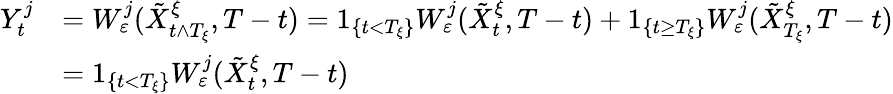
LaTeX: \begin{array}{rl}{Y_{t}^{j}}&{=W_{\varepsilon}^{j}(\tilde{X}_{t\wedge T_{\xi}}^{\xi},T-t)=1_{\{ t<T_{\xi}\} }W_{\varepsilon}^{j}(\tilde{X}_{t}^{\xi},T-t)+1_{\{ t\geq T_{\xi}\} }W_{\varepsilon}^{j}(\tilde{X}_{T_{\xi}}^{\xi},T-t)}\\ &{=1_{\{ t<T_{\xi}\} }W_{\varepsilon}^{j}(\tilde{X}_{t}^{\xi},T-t)}\end{array}